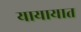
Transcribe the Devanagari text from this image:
यायायात